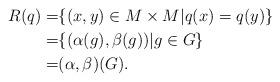
LaTeX: \begin{align*} R(q) =& \{(x,y) \in M \times M| q(x) = q(y)\}\\=& \{(\alpha(g), \beta(g))| g \in G\}\\=& (\alpha,\beta)(G).\end{align*}